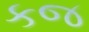
કજ